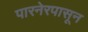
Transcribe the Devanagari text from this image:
पारनेरपासून